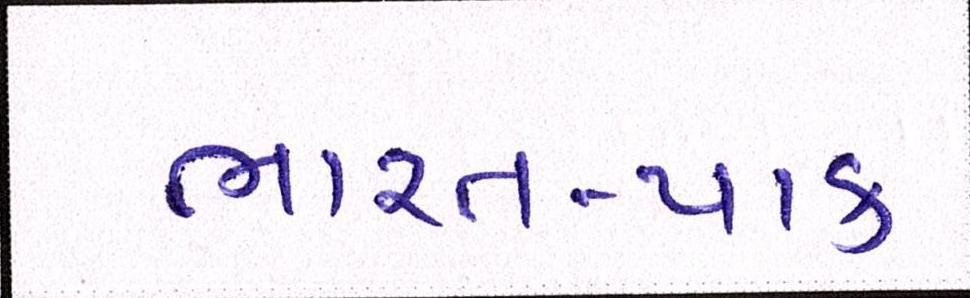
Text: ભારત-પાક